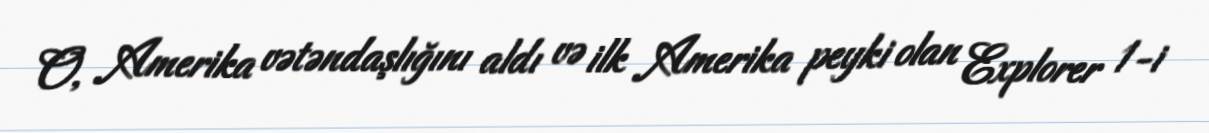
O, Amerika vətəndaşlığını aldı və ilk Amerika peyki olan Explorer 1-i